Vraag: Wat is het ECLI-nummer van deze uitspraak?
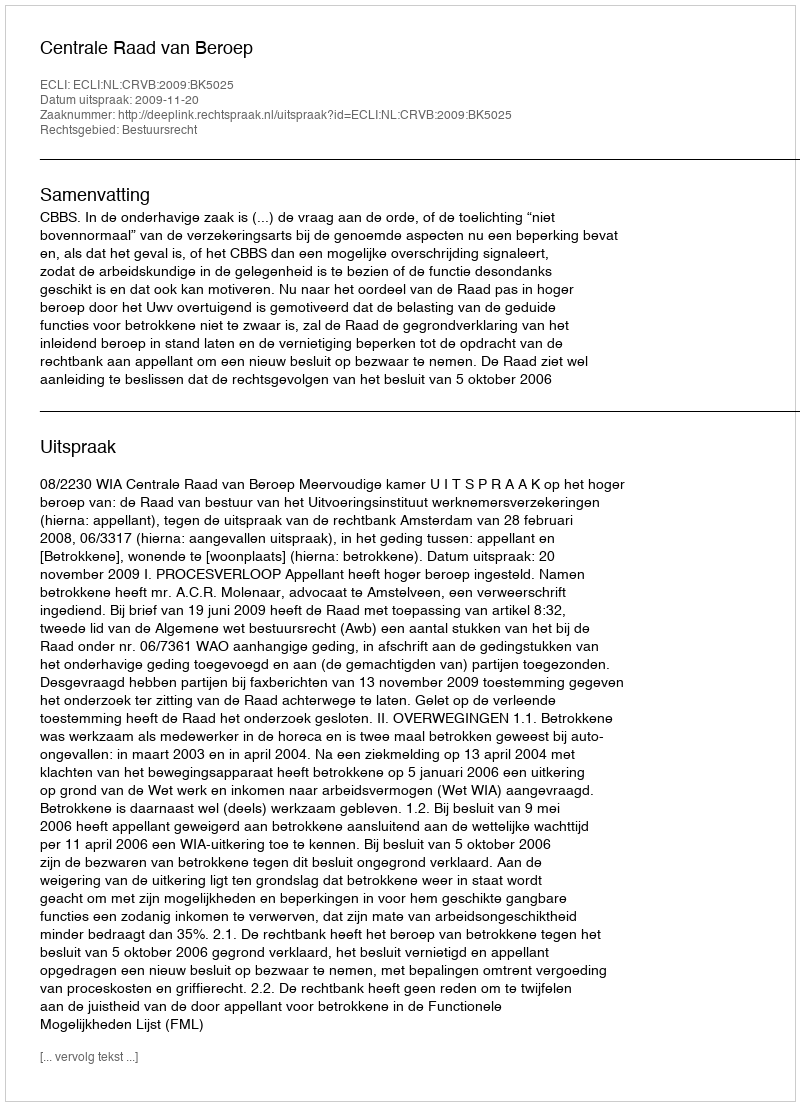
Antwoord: ECLI:NL:CRVB:2009:BK5025